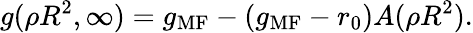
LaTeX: g(\rho R^{2},\infty)=g_{\mathrm{MF}}-(g_{\mathrm{MF}}-r_{0})A(\rho R^{2}).